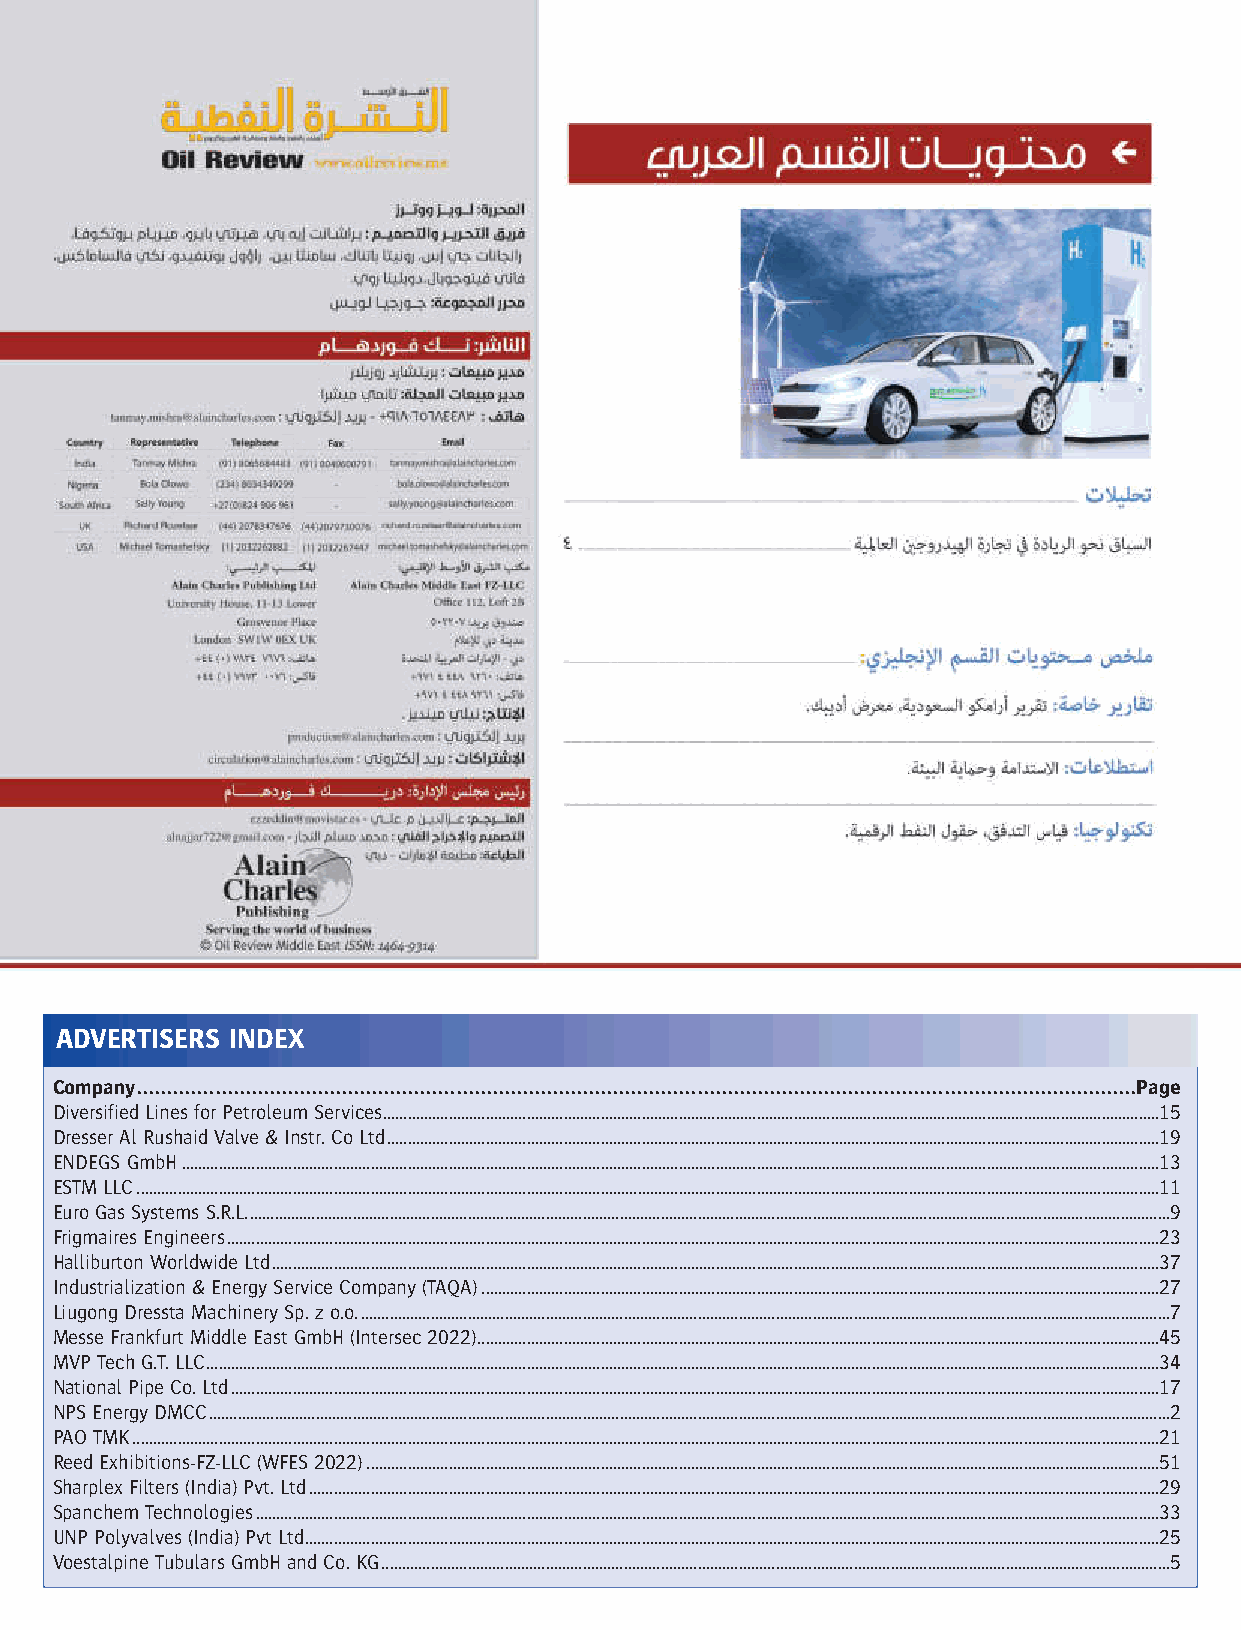
S12 ORME 8 2021 Arabic_Layout 1 13/12/2021 16:57 Page 50
 ADVERTISERS INDEX
 Company......................................................................................................................................................................Page
 Diversified Lines for Petroleum Services.............................................................................................................................................................................................15
 Dresser Al Rushaid Valve & Instr. Co Ltd............................................................................................................................................................................................19
 ENDEGS GmbH..............................................................................................................................................................................................................................................13
 ESTM LLC.........................................................................................................................................................................................................................................................11
 Euro Gas Systems S.R.L.................................................................................................................................................................................................................................9
 Frigmaires Engineers...................................................................................................................................................................................................................................23
 Halliburton Worldwide Ltd........................................................................................................................................................................................................................37
 Industrialization & Energy Service Company (TAQA).....................................................................................................................................................................27
 Liugong Dressta Machinery Sp. z o.o......................................................................................................................................................................................................7
 Messe Frankfurt Middle East GmbH (Intersec 2022)......................................................................................................................................................................45
 MVP Tech G.T. LLC........................................................................................................................................................................................................................................34
 National Pipe Co. Ltd..................................................................................................................................................................................................................................17
 NPS Energy DMCC..........................................................................................................................................................................................................................................2
 PAO TMK..........................................................................................................................................................................................................................................................21
 Reed Exhibitions-FZ-LLC (WFES 2022).................................................................................................................................................................................................51
 Sharplex Filters (India) Pvt. Ltd...............................................................................................................................................................................................................29
 Spanchem Technologies............................................................................................................................................................................................................................33
 UNP Polyvalves (India) Pvt Ltd................................................................................................................................................................................................................25
 Voestalpine Tubulars GmbH and Co. KG................................................................................................................................................................................................5